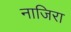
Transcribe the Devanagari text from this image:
नाजिरा